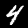
Digit: 4